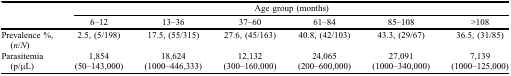
<table><thead><tr><td>[EMPTY_CELL]</td><td colspan="6"><b>Age group (months)</b></td></tr><tr><td>[EMPTY_CELL]</td><td><b>6–12</b></td><td><b>13–36</b></td><td><b>37–60</b></td><td><b>61–84</b></td><td><b>85–108</b></td><td><b>&gt;108</b></td></tr></thead><tbody><tr><td>Prevalence %, (<i>n</i>/<i>N</i>)</td><td>2.5, (5/198)</td><td>17.5, (55/315)</td><td>27.6, (45/163)</td><td>40.8, (42/103)</td><td>43.3, (29/67)</td><td>36.5, (31/85)</td></tr><tr><td>Parasitemia (p/μL)</td><td>1,854 (50–143,000)</td><td>18,624 (1000–446,333)</td><td>12,132 (300–160,000)</td><td>24,065 (200–600,000)</td><td>27,091 (1000–340,000)</td><td>7,139 (1000–125,000)</td></tr></tbody></table>